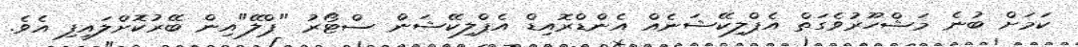
ކަމަށް ބުނެ މަޝްހޫރުވެގަތް އެޕްލިކޭޝަނެއް އެންޑްރޮއިޑް އެޕްލިކޭޝަން ސްޓޯރު "ޕްލޭ"އިން ބޭރުކޮށްލައިފި އެވެ.